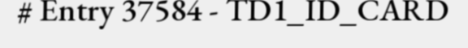
# Entry 37584 - TD1_ID_CARD